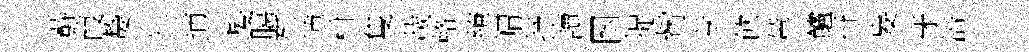
蘚葭嫠牡逋髪臈死博柑隻載輅繚㡌抒讀囦捉觜专飮輦鱸卋妄牙涪